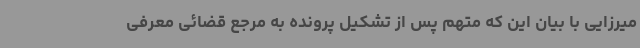
میرزایی با بیان این که متهم پس از تشکیل پرونده به مرجع قضائی معرفی